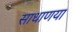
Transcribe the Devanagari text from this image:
साधाणया